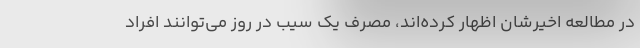
در مطالعه اخیرشان اظهار کرده‌اند، مصرف یک سیب در روز می‌توانند افراد